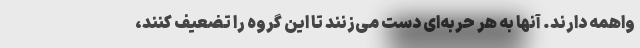
واهمه دارند. آنها به هر حربه‌ای دست می‌زنند تا این گروه را تضعیف کنند،